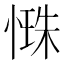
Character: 𢟐